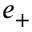
e _ { + }